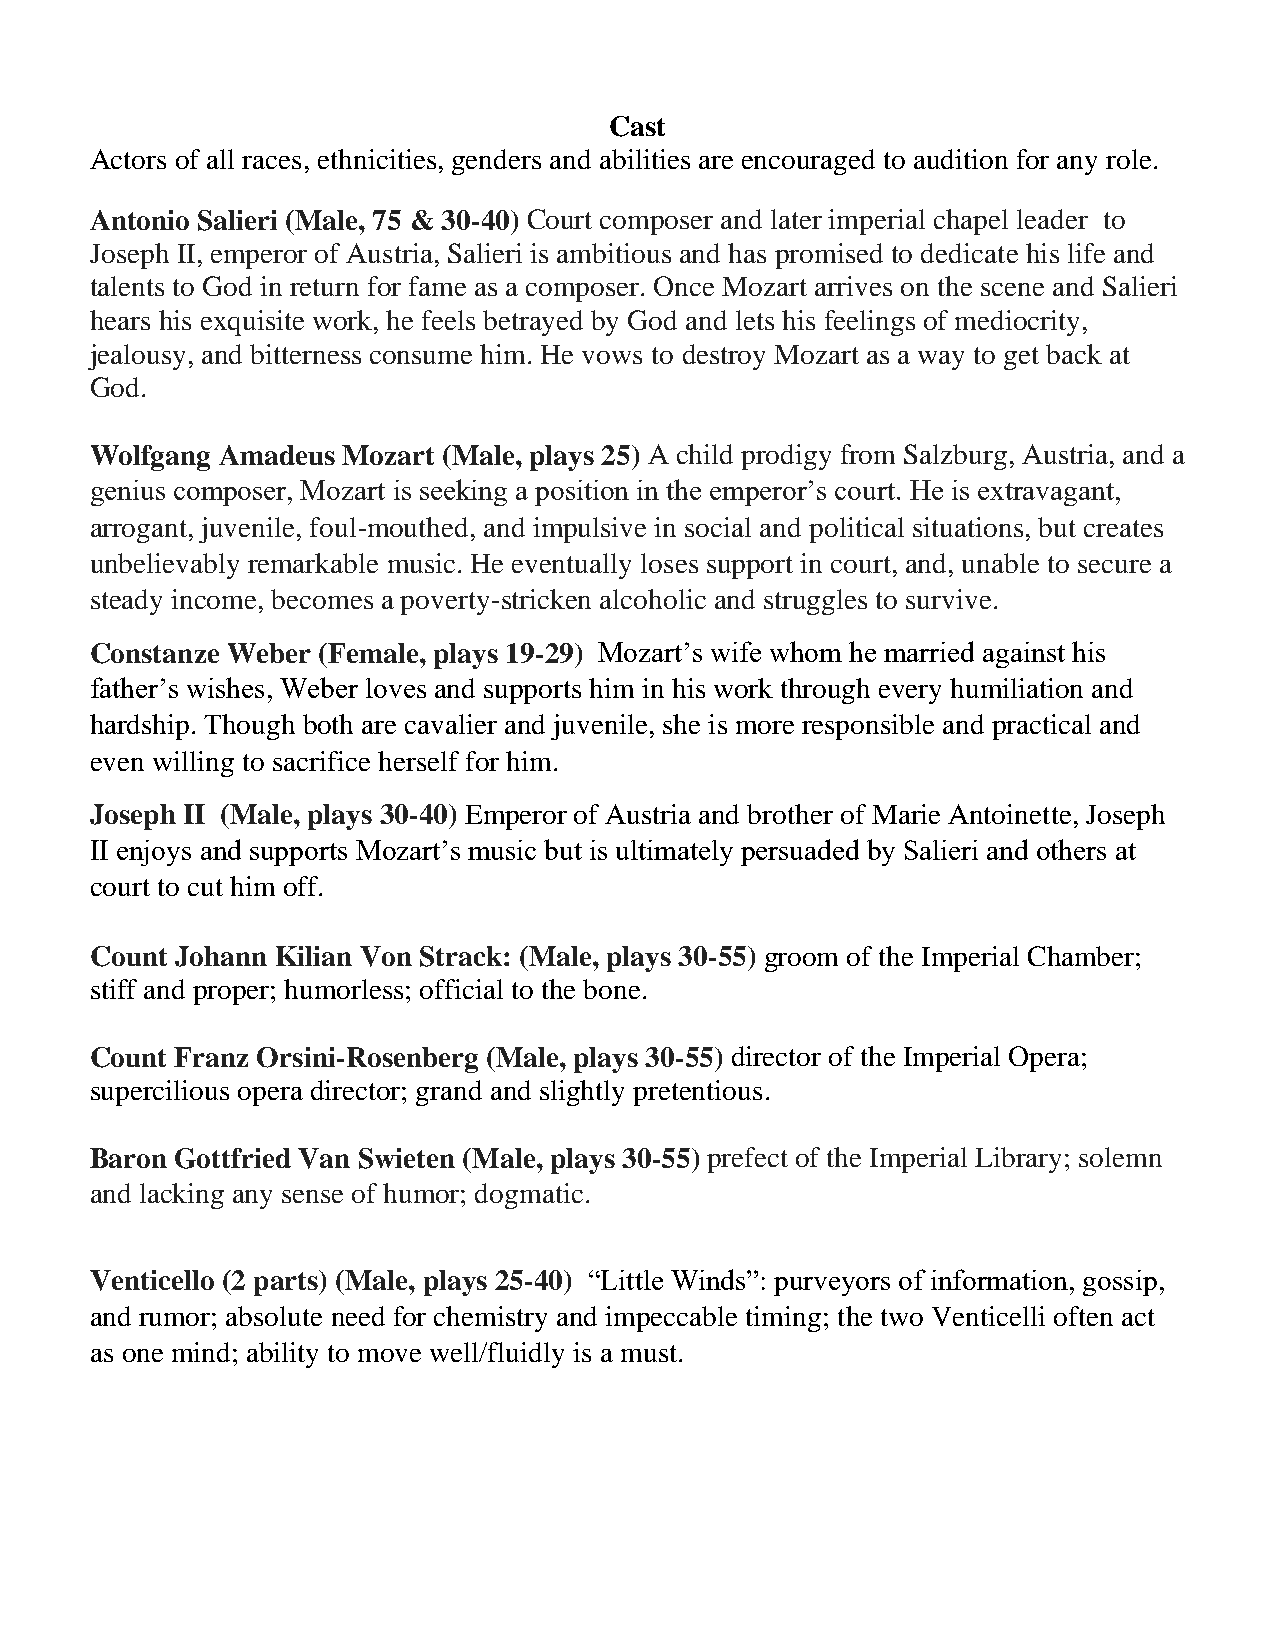
Cast
 Actors of all races, ethnicities, genders and abilities are encouraged to audition for any role.
 Antonio Salieri (Male, 75 & 30-40) Court composer and later imperial chapel leader to
 Joseph II, emperor of Austria, Salieri is ambitious and has promised to dedicate his life and
 talents to God in return for fame as a composer. Once Mozart arrives on the scene and Salieri
 hears his exquisite work, he feels betrayed by God and lets his feelings of mediocrity,
 jealousy, and bitterness consume him. He vows to destroy Mozart as a way to get back at
 God.
 Wolfgang Amadeus Mozart (Male, plays 25) A child prodigy from Salzburg, Austria, and a
 genius composer, Mozart is seeking a position in the emperor’s court. He is extravagant,
 arrogant, juvenile, foul-mouthed, and impulsive in social and political situations, but creates
 unbelievably remarkable music. He eventually loses support in court, and, unable to secure a
 steady income, becomes a poverty-stricken alcoholic and struggles to survive.
 Constanze Weber (Female, plays 19-29) Mozart’s wife whom he married against his
 father’s wishes, Weber loves and supports him in his work through every humiliation and
 hardship. Though both are cavalier and juvenile, she is more responsible and practical and
 even willing to sacrifice herself for him.
 Joseph II (Male, plays 30-40) Emperor of Austria and brother of Marie Antoinette, Joseph
 II enjoys and supports Mozart’s music but is ultimately persuaded by Salieri and others at
 court to cut him off.
 Count Johann Kilian Von Strack: (Male, plays 30-55) groom of the Imperial Chamber;
 stiff and proper; humorless; official to the bone.
 Count Franz Orsini-Rosenberg (Male, plays 30-55) director of the Imperial Opera;
 supercilious opera director; grand and slightly pretentious.
 Baron Gottfried Van Swieten (Male, plays 30-55) prefect of the Imperial Library; solemn
 and lacking any sense of humor; dogmatic.
 Venticello (2 parts) (Male, plays 25-40) “Little Winds”: purveyors of information, gossip,
 and rumor; absolute need for chemistry and impeccable timing; the two Venticelli often act
 as one mind; ability to move well/fluidly is a must.